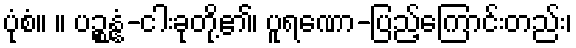
ပုံစံ။ ။ ပဉ္စန္နံ-ငါးခုတို့၏၊ ပူရဏော-ပြည့်ကြောင်းတည်း၊